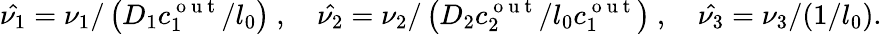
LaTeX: \hat{\nu_{1}}=\nu_{1}/\left(D_{1}c_{1}^{\mathrm{~o~u~t~}}/l_{0}\right)~,~~~~\hat{\nu_{2}}=\nu_{2}/\left(D_{2}c_{2}^{\mathrm{~o~u~t~}}/l_{0}c_{1}^{\mathrm{~o~u~t~}}\right)~,~~~~\hat{\nu_{3}}=\nu_{3}/(1/l_{0}).